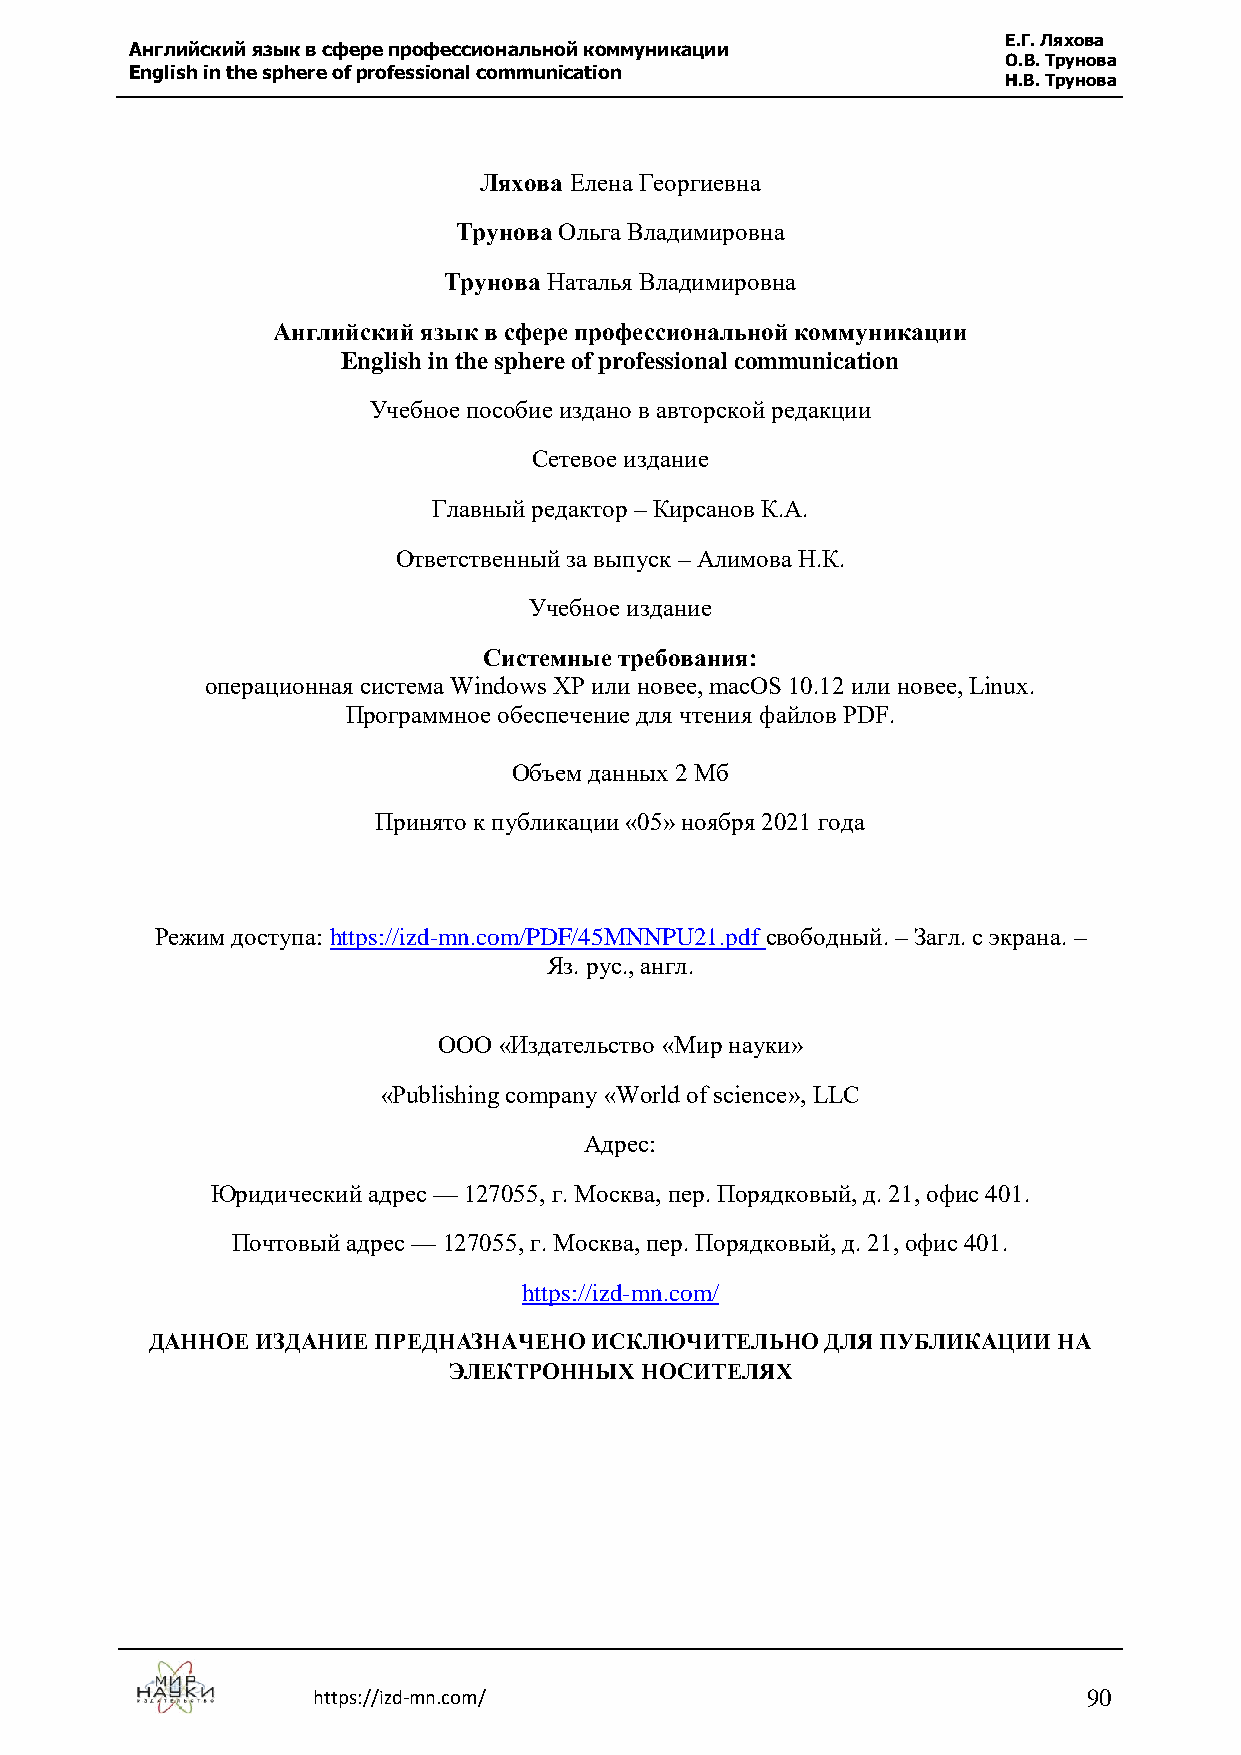
Е.Г. Ляхова
 Английский язык в сфере профессиональной коммуникации
 О.В. Трунова
 English in the sphere of professional communication
 Н.В. Трунова
 Ляхова Елена Георгиевна
 Трунова Ольга Владимировна
 Трунова Наталья Владимировна
 Английский язык в сфере профессиональной коммуникации
 English in the sphere of professional communication
 Учебное пособие издано в авторской редакции
 Сетевое издание
 Главный редактор – Кирсанов К.А.
 Ответственный за выпуск – Алимова Н.К.
 Учебное издание
 Системные требования:
 операционная система Windows XP или новее, macOS 10.12 или новее, Linux.
 Программное обеспечение для чтения файлов PDF.
 Объем данных 2 Мб
 Принято к публикации «05» ноября 2021 года
 Режим доступа: https://izd-mn.com/PDF/45MNNPU21.pdf свободный. – Загл. с экрана. –
 Яз. рус., англ.
 ООО «Издательство «Мир науки»
 «Publishing company «World of science», LLC
 Адрес:
 Юридический адрес — 127055, г. Москва, пер. Порядковый, д. 21, офис 401.
 Почтовый адрес — 127055, г. Москва, пер. Порядковый, д. 21, офис 401.
 https://izd-mn.com/
 ДАННОЕ ИЗДАНИЕ ПРЕДНАЗНАЧЕНО ИСКЛЮЧИТЕЛЬНО   ДЛЯ ПУБЛИКАЦИИ НА
 ЭЛЕКТРОННЫХ НОСИТЕЛЯХ
 https://izd-mn.com/                                90